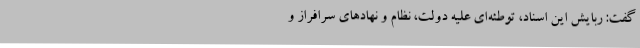
گفت: ربایش این اسناد، توطئه‌ای علیه دولت، نظام و نهادهای سرافراز و